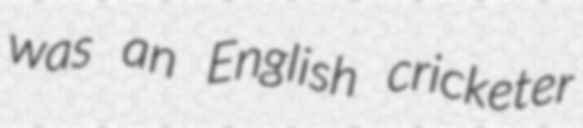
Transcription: was an English cricketer